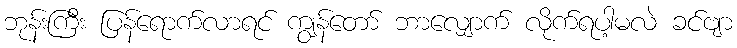
ဘုန်းကြီး ပြန်ရောက်လာရင် ကျွန်တော် ဘာလျှောက် လိုက်ရပါ့မလဲ ခင်ဗျာ